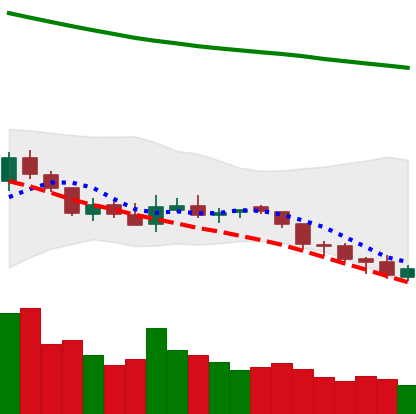
Ticker: NEO-USD
Chart end date: 2018-08-05
Forward return: -27.259%
Label: down_7plus